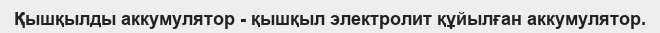
Қышқылды аккумулятор - қышқыл электролит құйылған аккумулятор.